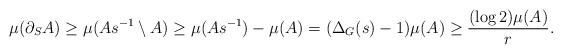
LaTeX: \begin{align*}\mu(\partial_SA)\ge\mu(As^{-1}\setminus A)\geq \mu(As^{-1})-\mu(A)=(\Delta_G(s)-1)\mu(A)\geq \frac{(\log 2)\mu(A)}{r}.\end{align*}